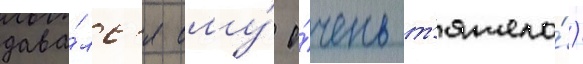
дава́лс'я ему́ о́чень т'яжело́)